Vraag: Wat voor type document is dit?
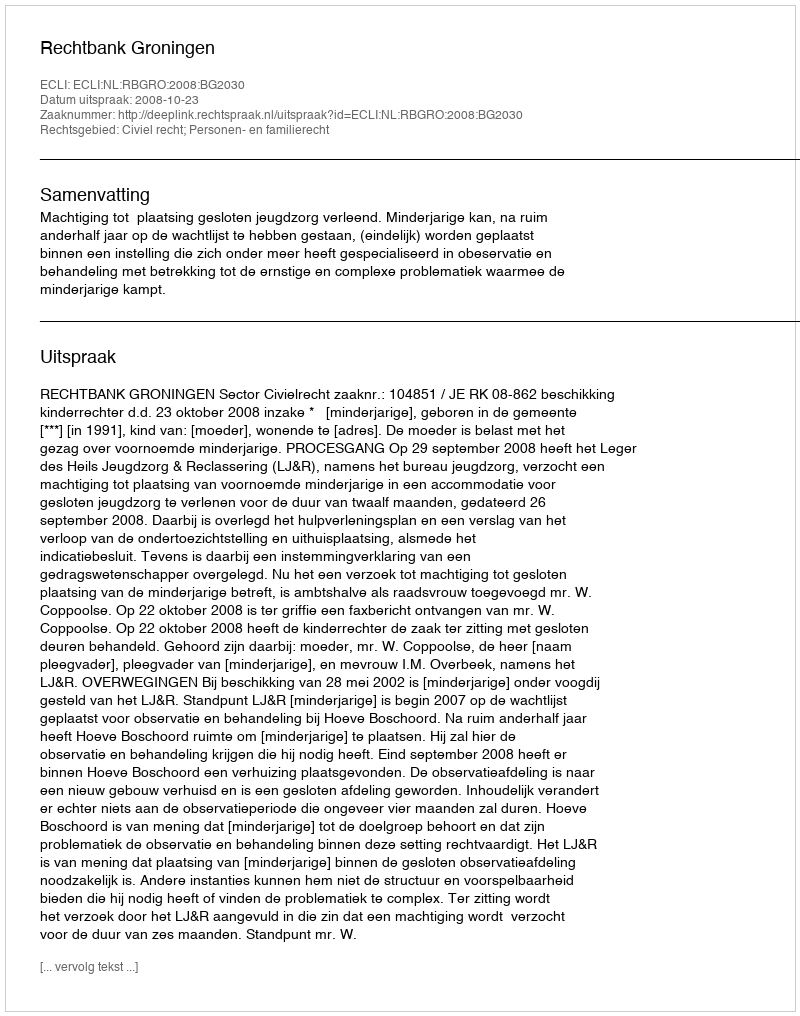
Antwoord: Uitspraak